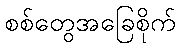
စစ်တွေအခြေစိုက်